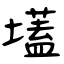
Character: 壒